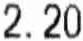
2.20